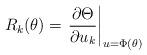
LaTeX: \begin{align*}R_k(\theta)= \left . \frac{\partial \Theta}{\partial u_k}\right |_{u=\Phi(\theta)}\end{align*}